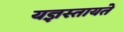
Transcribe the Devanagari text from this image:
यज्ञस्तायते